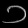
Digit: ၁